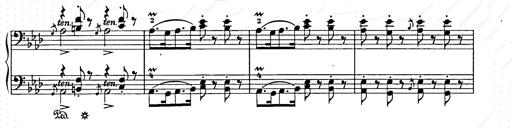
Title: Weihnachtsbaum
Composer: Franz Liszt